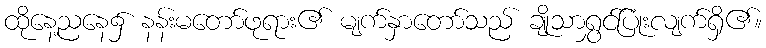
ထိုနေ့ညနေ၌ နန်းမတော်ဖုရား၏ မျက်နှာတော်သည် ချိုသာရွှင်ပြုံးလျက်ရှိ၏။